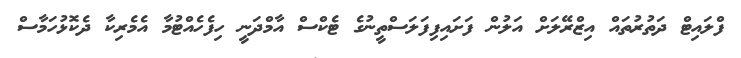
ފްލައިޓް ދަތުރުތައް އިޒްރޭލަށް އަލުން ފަށައިފިފަލަސްތީނުގެ ޓެކްސް އާމްދަނީ ހިފެހެއްޓުމާ އެމެރިކާ ދެކޮޅުހަމާސް